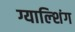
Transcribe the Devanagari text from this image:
ग्याल्शिंग